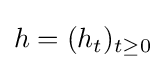
h=(h_{t})_{t\geq 0}